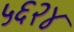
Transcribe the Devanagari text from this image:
५६२४